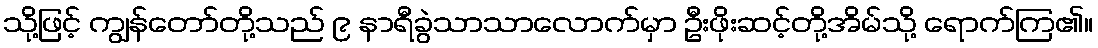
သို့ဖြင့် ကျွန်တော်တို့သည် ၉ နာရီခွဲသာသာလောက်မှာ ဦးဖိုးဆင့်တို့အိမ်သို့ ရောက်ကြ၏။